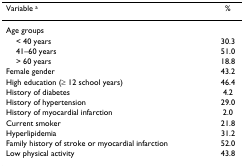
<table><thead><tr><td><b>Variable <sup>a</sup></b></td><td><b>%</b></td></tr></thead><tbody><tr><td>Age groups</td><td></td></tr><tr><td> &lt; 40 years</td><td>30.3</td></tr><tr><td> 41–60 years</td><td>51.0</td></tr><tr><td> &gt; 60 years</td><td>18.8</td></tr><tr><td>Female gender</td><td>43.2</td></tr><tr><td>High education (≥ 12 school years)</td><td>46.4</td></tr><tr><td>History of diabetes</td><td>4.2</td></tr><tr><td>History of hypertension</td><td>29.0</td></tr><tr><td>History of myocardial infarction</td><td>2.0</td></tr><tr><td>Current smoker</td><td>21.8</td></tr><tr><td>Hyperlipidemia</td><td>31.2</td></tr><tr><td>Family history of stroke or myocardial infarction</td><td>52.0</td></tr><tr><td>Low physical activity</td><td>43.8</td></tr></tbody></table>